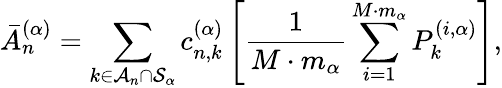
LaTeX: \bar{A}_{n}^{(\alpha)}=\sum_{k\in\mathcal{A}_{n}\cap\mathcal{S}_{\alpha}}c_{n,k}^{(\alpha)}\left[\frac{1}{M\cdot m_{\alpha}}\sum_{i=1}^{M\cdot m_{\alpha}}P_{k}^{(i,\alpha)}\right],